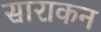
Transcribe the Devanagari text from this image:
साराकन